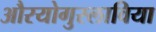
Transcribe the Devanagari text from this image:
औरयोगुस्लाविया